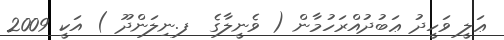
ޢަލީ ވަހީދު ޢަބުދުއްރަހުމާން ( ވެނީލާގެ  ފ.ނިލަންދޫ ) އަކީ 2009